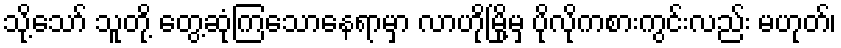
သို့သော် သူတို့ တွေ့ဆုံကြသောနေရာမှာ လာဟိုမြို့မှ ပိုလိုကစားကွင်းလည်း မဟုတ်၊